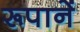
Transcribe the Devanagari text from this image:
रूपानें